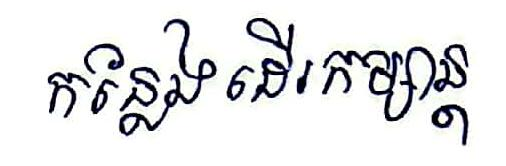
កន្លែងដើរកម្សាន្ដ